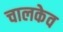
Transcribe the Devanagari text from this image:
चालकेव